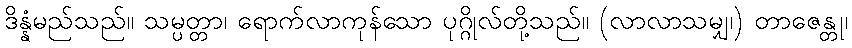
ဒိန္နံမည်သည်။ သမ္ပတ္တာ၊ ရောက်လာကုန်သော ပုဂ္ဂိုလ်တို့သည်။ (လာလာသမျှ၊) တာဇေန္တု၊